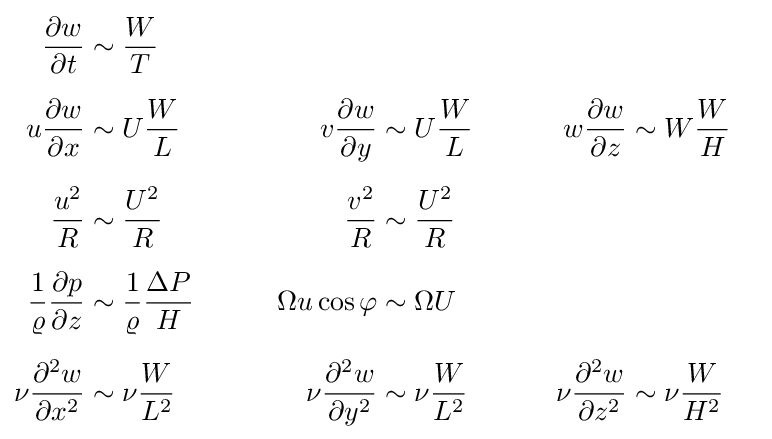
{\begin{aligned}{\frac {\partial w}{\partial t}}&\sim {\frac {W}{T}}\\[1.2ex]u{\frac {\partial w}{\partial x}}&\sim U{\frac {W}{L}}&\qquad v{\frac {\partial w}{\partial y}}&\sim U{\frac {W}{L}}&\qquad w{\frac {\partial w}{\partial z}}&\sim W{\frac {W}{H}}\\[1.2ex]{\frac {u^{2}}{R}}&\sim {\frac {U^{2}}{R}}&\qquad {\frac {v^{2}}{R}}&\sim {\frac {U^{2}}{R}}\\[1.2ex]{\frac {1}{\varrho }}{\frac {\partial p}{\partial z}}&\sim {\frac {1}{\varrho }}{\frac {\Delta P}{H}}&\qquad \Omega u\cos \varphi &\sim \Omega U\\[1.2ex]\nu {\frac {\partial ^{2}w}{\partial x^{2}}}&\sim \nu {\frac {W}{L^{2}}}&\qquad \nu {\frac {\partial ^{2}w}{\partial y^{2}}}&\sim \nu {\frac {W}{L^{2}}}&\qquad \nu {\frac {\partial ^{2}w}{\partial z^{2}}}&\sim \nu {\frac {W}{H^{2}}}\end{aligned}}